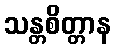
သန္တစိတ္တာန